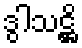
ဒွါသဋ္ဌိ